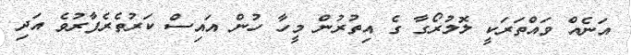
އަނެއް ވައްތަރަކީ ލޮލުރޯގާ ގެ އިތުރުން މީހާ ހުން އައިސް ކަރުތެރެފާރުވެ އަދި